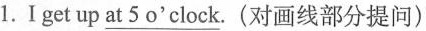
1.I get up \underline{at 5o'clock}.(对画线部分提问)